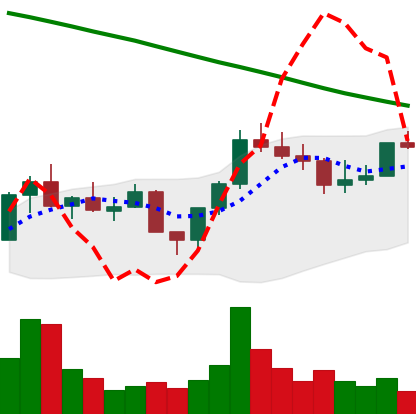
Ticker: LINK-USD
Chart end date: 2022-08-06
Forward return: 14.906%
Label: up_7plus